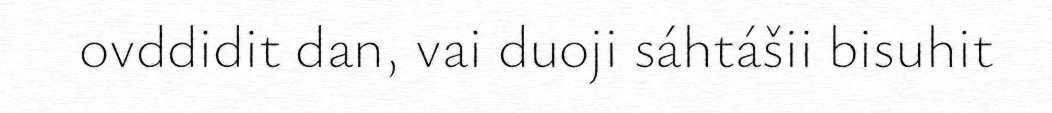
ovddidit dan, vai duoji sáhtášii bisuhit